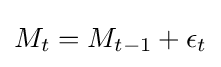
M_{t}=M_{t-1}+\epsilon _{t}